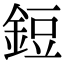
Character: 鋀